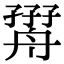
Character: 𦩧